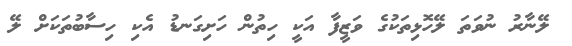
ލޭނާރު ނުވަތަ ލޭހޮޅިތަކުގެ ވަޒީފާ އަކީ ހިތުން ހަށިގަނޑު އެކި ހިސާބުތަކަށް ލޭ